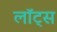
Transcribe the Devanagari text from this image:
लॉट्स